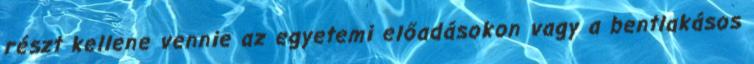
részt kellene vennie az egyetemi előadásokon vagy a bentlakásos